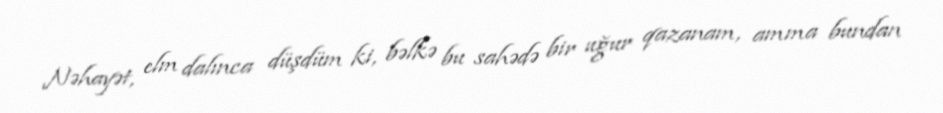
Nəhayət, elm dalınca düşdüm ki, bəlkə bu sahədə bir uğur qazanam, amma bundan